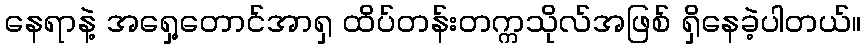
နေရာနဲ့ အရှေ့တောင်အာရှ ထိပ်တန်းတက္ကသိုလ်အဖြစ် ရှိနေခဲ့ပါတယ်။